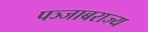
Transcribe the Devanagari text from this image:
पञ्जाबराज्य